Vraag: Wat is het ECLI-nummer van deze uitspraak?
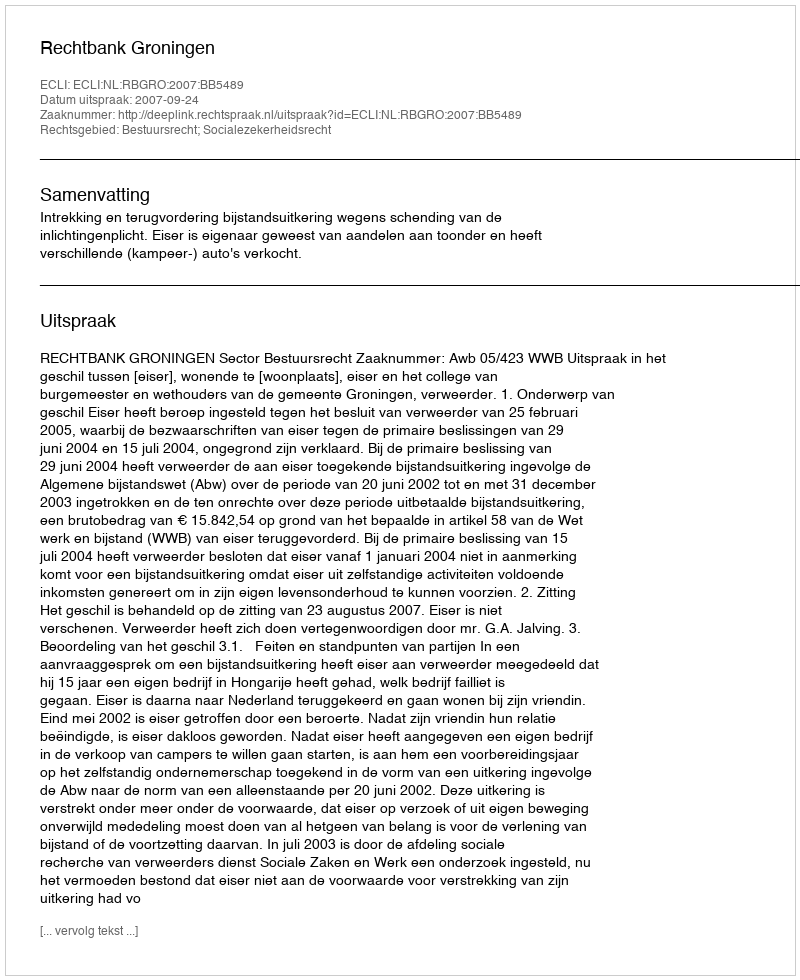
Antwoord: ECLI:NL:RBGRO:2007:BB5489